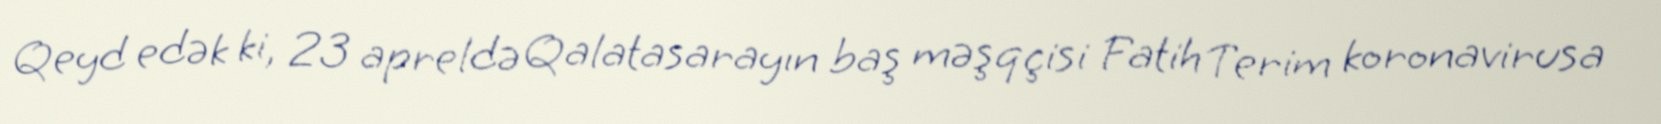
Qeyd edək ki, 23 apreldə Qalatasarayın baş məşqçisi Fatih Terim koronavirusa